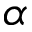
\alpha